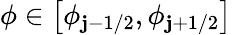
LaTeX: \displaystyle\phi\in\bigl[\phi_{\mathbf{j}-1/2},\phi_{\mathbf{j}+1/2}\bigr]